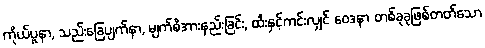
ကိုယ်ပူနာ, သည်းခြေပျက်နာ, မျက်စိအားနည်းခြင်း, ထီးနှင့်ကင်းလျှင် ဝေဒနာ တစ်ခုခုဖြစ်တတ်သော